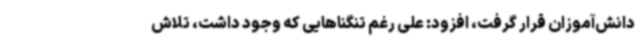
دانش‌آموزان قرار گرفت، افزود: علی رغم تنگناهایی که وجود داشت، تلاش